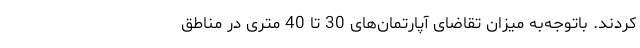
کردند. باتوجه‌به میزان تقاضای آپارتمان‌های 30 تا 40 متری در مناطق